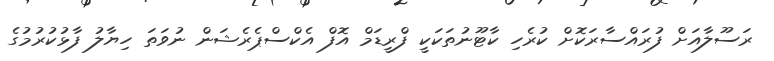
ރަސޫލާއަށް ފުރައްސާރަކޮށް ކުރެހި ކާޓޫނުތަކަކީ ފްރީޑަމް އޮފް އެކްސްޕެރެޝަން ނުވަތަ ހިޔާލު ފާޅުކުރުމުގެ